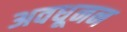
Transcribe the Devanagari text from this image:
अवधूनन